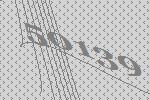
50139